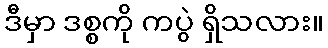
ဒီမှာ ဒစ္စကို ကပွဲ ရှိသလား။